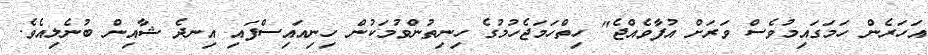
އަހަރެން ހަމަގައިމުވެސް ވަރަށް އުފާވެއްޖެ" ހިތްހަމަޖެހުމުގެ ހިނިތުންވުމަކުން ހިނިއައިސްފައި އިނދެ ޝާއިން ބުނެލިއެވެ.